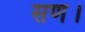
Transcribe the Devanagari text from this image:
सण।